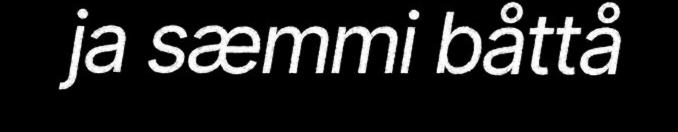
ja sæmmi båttå